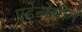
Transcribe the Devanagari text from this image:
एडेनोसीन